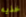
خذيه